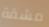
مشقة